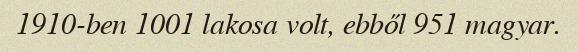
1910-ben 1001 lakosa volt, ebből 951 magyar.